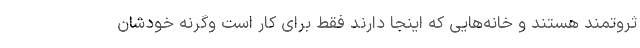
ثروتمند هستند و خانه‌هایی که اینجا دارند فقط برای کار است وگرنه خودشان